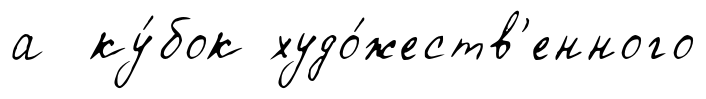
а ку́бок худо́жеств'енного